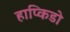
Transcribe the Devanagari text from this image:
हाप्किडो